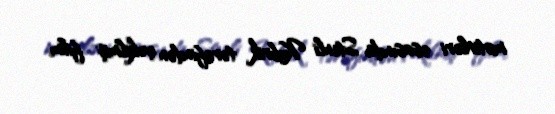
motivləri əsasında Stenli Kubrik tərəfindən çəkilmiş film.